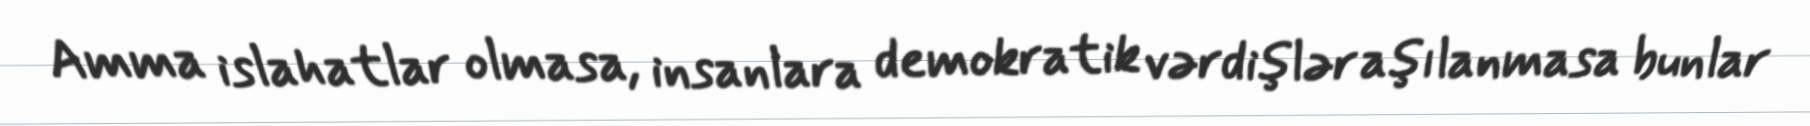
Amma islahatlar olmasa, insanlara demokratik vərdişlər aşılanmasa bunlar